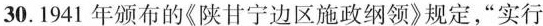
30.1941年颁布的《陕甘宁边区施政纲领》规定”实行